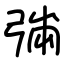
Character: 㢼